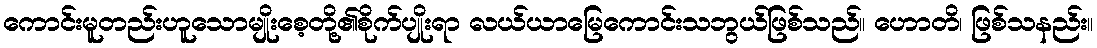
ကောင်းမူတည်းဟူသောမျိုးစေ့တို့၏စိုက်ပျိုးရာ လယ်ယာမြေကောင်းသဘွယ်ဖြစ်သည်။ ဟောတိ၊ ဖြစ်သနည်း။